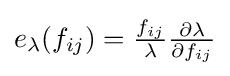
\textstyle e_{\lambda }(f_{ij})={\frac {f_{ij}}{\lambda }}{\frac {\partial \lambda }{\partial f_{ij}}}